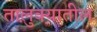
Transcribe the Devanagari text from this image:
तालु़क्यातील